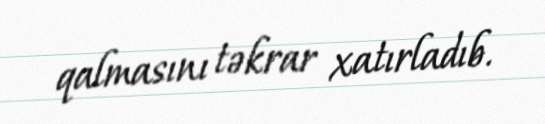
qalmasını təkrar xatırladıb.